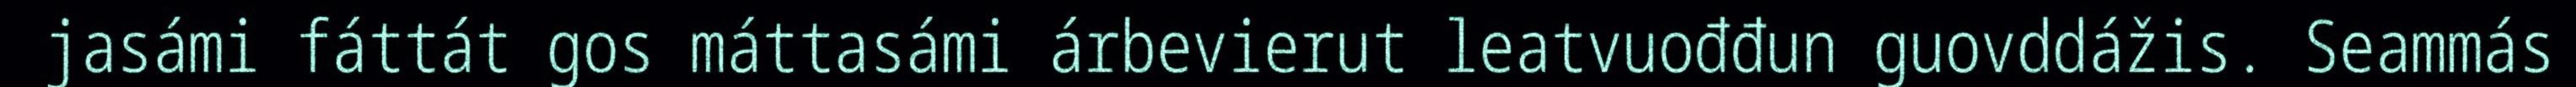
jasámi fáttát gos máttasámi árbevierut leatvuođđun guovddážis. Seammás